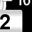
Digit: 2